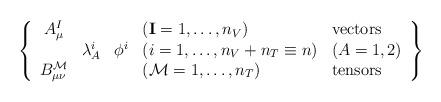
LaTeX: \begin{align*}\left\{ \begin{array}{cccll} A^{I}_\mu & \null & \null & (\mathbf{I}=1,\dots,n_V) & \mbox{vectors} \\ \null & \lambda^i_A & \phi^i & (i=1,\dots,n_V+n_T \equiv n) & (A=1,2) \\ B^\mathcal{M}_{\mu \nu } & \null & \null &(\mathcal{M}=1,\dots,n_T)& \mbox{tensors} \ \end{array} \right\}\end{align*}